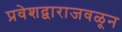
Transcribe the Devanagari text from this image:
प्रवेशद्वाराजवळून